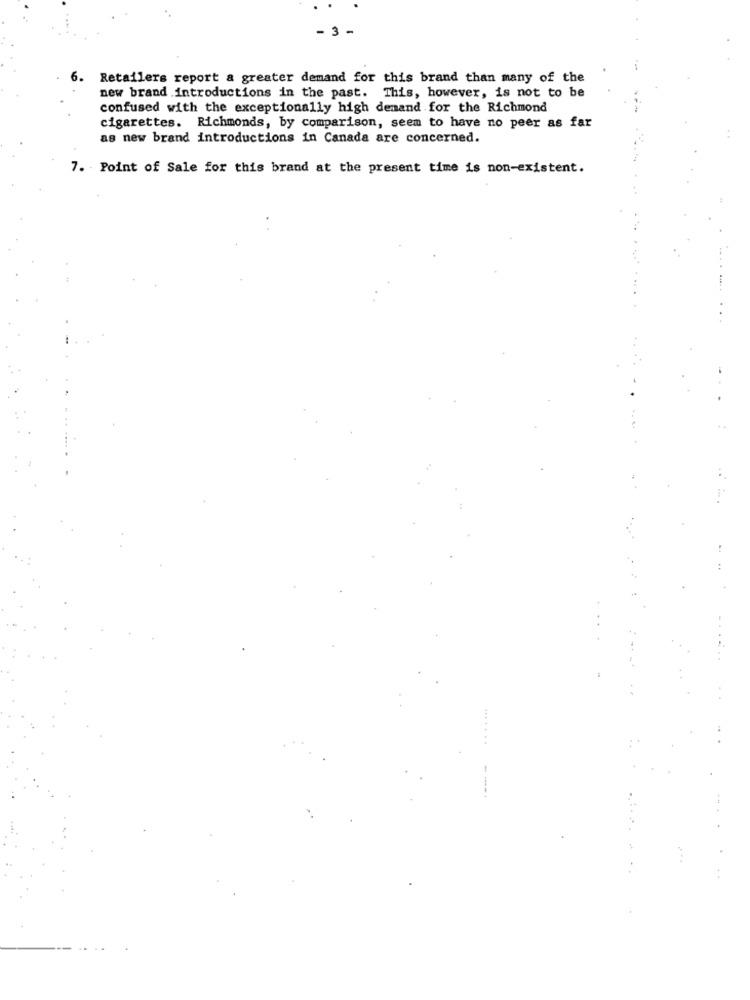
- 3 -
6.
Retailers report a greater demand for this brand than many of the
new brand .introductions in the past. This, however, is not to be
confused with the exceptionally high demand for the Richmond
cigarettes. Richmonds, by comparison, seem to have no peer as far
as new brand introductions in Canada are concerned.
7. Point of Sale for this brand at the present time is non-existent.
.....
.......
----